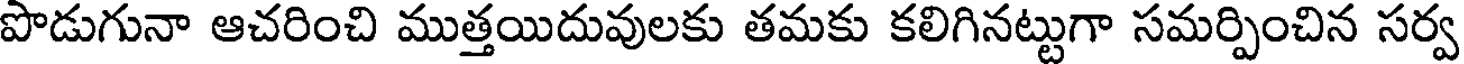
పొడుగునా ఆచరించి ముత్తయిదువులకు తమకు కలిగినట్టుగా సమర్పించిన సర్వ